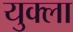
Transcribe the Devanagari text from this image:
युक्ला